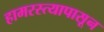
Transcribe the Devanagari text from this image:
हामरस्त्यापासून